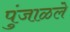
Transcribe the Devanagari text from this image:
पुंजाळले